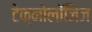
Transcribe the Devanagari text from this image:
टेक्नोलॉजिज